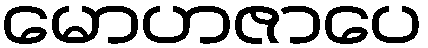
မောဟဇာပေ